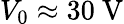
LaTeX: V_{0}\approx 30~\mathrm{V}